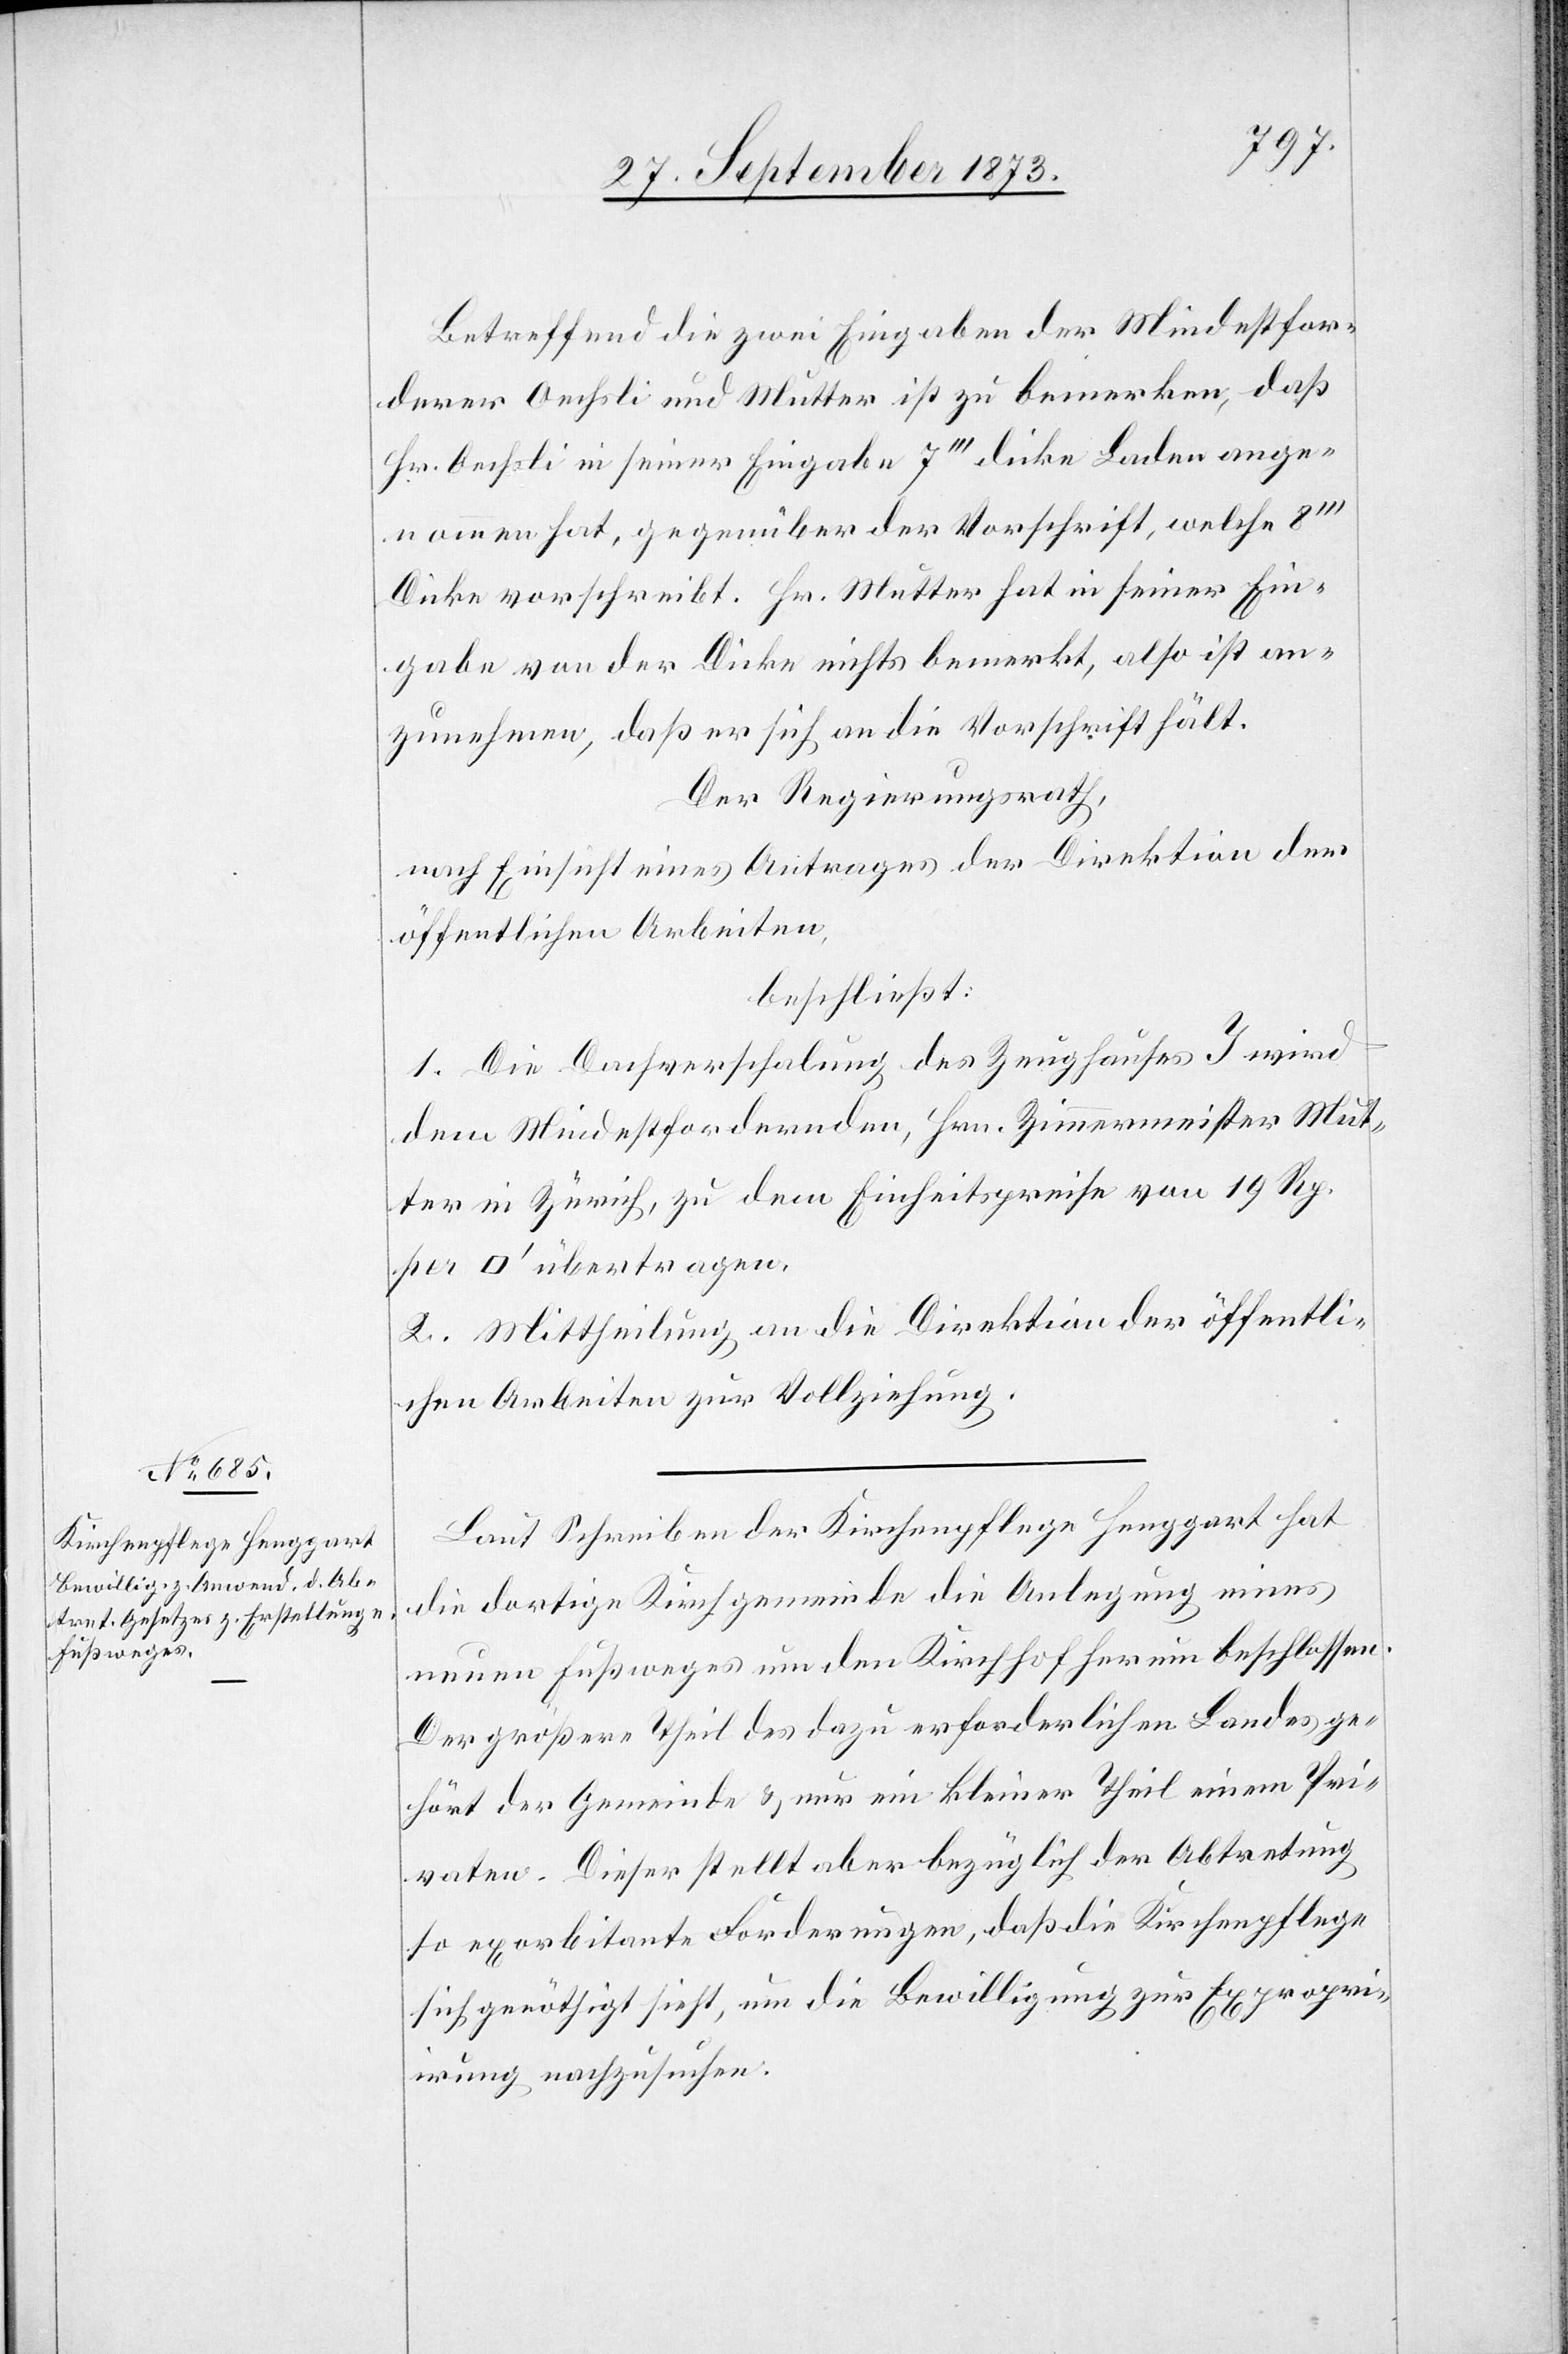
Betreffend die zwei Eingaben der Mindestfor¬
derer Oechsli und Mutter ist zu bemerken, daß
Hr. Oechsli in seiner Eingabe 7‘‘‘ dicke Laden ange¬
nommen hat, gegenüber der Vorschrift, welche
Dicke vorschreibt. Hr. Mutter hat in seiner Ein¬
gabe von der Dicke nichts bemerkt, also ist an¬
zunehmen, daß er sich an die Vorschrift hält.
Der Regierungsrath,
nach Einsicht eines Antrages der Direktion der
öffentlichen Arbeiten,
beschließt:
1. Die Dachverschalung des Zeughauses I wird
dem Mindestfordernden, Hrn. Zimmermeister Mut¬
ter in Zürich, zu dem Einheitspreise von 19 Rp.
2. Mittheilung an die Direktion der öffentli¬
chen Arbeiten zur Vollziehung.
Laut Schreiben der Kirchenpflege Henggart hat
die dortige Kirchgemeinde die Anlegung eines
neuen Fußweges um den Kirchhof herum beschlossen.
Der größere Theil des dazu erforderlichen Landes ge¬
hört der Gemeinde & nur ein kleiner Theil einem Pri¬
vaten. Dieser stellt aber bezüglich der Abtretung
so exorbitante Forderungen, daß die Kirchenpflege
sich genöthigt sieht, um die Bewilligung zur Expropri¬
irung nachzusuchen.